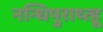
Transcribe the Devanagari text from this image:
नन्धिपुराथ्त्हू